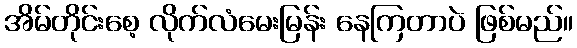
အိမ်တိုင်းစေ့ လိုက်လံမေးမြန်း နေကြတာပဲ ဖြစ်မည်။